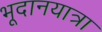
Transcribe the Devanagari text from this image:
भूदानयात्रा